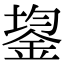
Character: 鋆